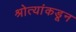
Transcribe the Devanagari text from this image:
श्रोत्यांकडून